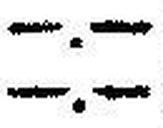
—.—